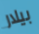
بيلار